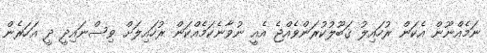
ނަމެއްނޫން އެކަން ރުހައިލު ޤަބޫލުކުރަންވެއްޖެ އެއީ ނުވާނެކަމެއްކަން ރުހައިލަށް ވިސްނައިދީ ދީ އަހަރެން